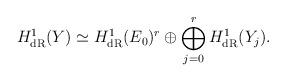
LaTeX: \begin{align*}H^1_{\rm dR}(Y) \simeq H^1_{\rm dR}(E_0)^{r} \oplus \bigoplus_{j=0}^r H^1_{\rm dR}(Y_j).\end{align*}